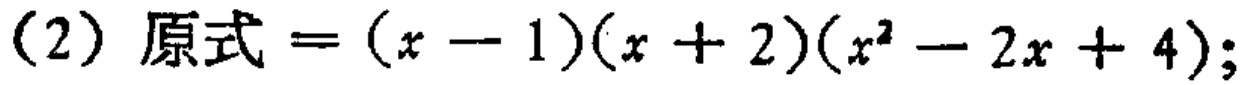
(2) 原式$=(x - 1)(x + 2)(x^{2} - 2x + 4);$